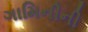
ગામિનીની